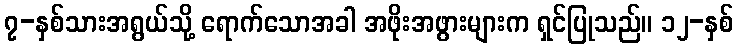
၇-နှစ်သားအရွယ်သို့ ရောက်သောအခါ အဖိုးအဖွားများက ရှင်ပြုသည်။ ၁၂-နှစ်